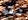
لقد